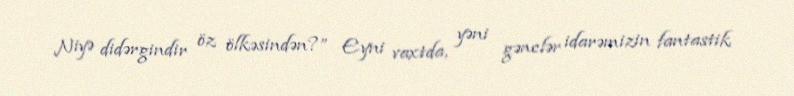
Niyə didərgindir öz ölkəsindən?” Eyni vaxtda, yəni gənclər idarəmizin fantastik